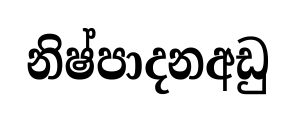
නිෂ්පාදනඅඩු